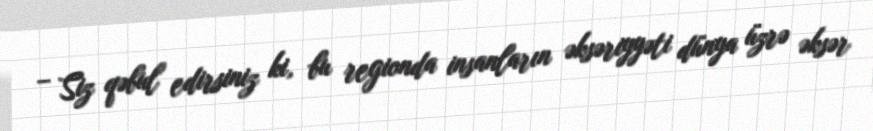
– Siz qəbul edirsiniz ki, bu regionda insanların əksəriyyəti dünya üzrə əksər